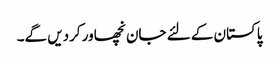
پاکستان کے لئے جان نچھاور کردیں گے۔